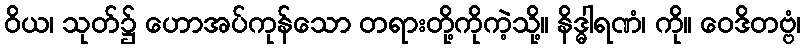
ဝိယ၊ သုတ်၌ ဟောအပ်ကုန်သော တရားတို့ကိုကဲ့သို့။ နိဒ္ဓါရဏံ၊ ကို။ ဝေဒိတဗ္ဗံ၊